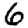
Digit: 6